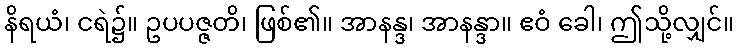
နိရယံ၊ ငရဲ၌။ ဥပပဇ္ဇတိ၊ ဖြစ်၏။ အာနန္ဒ၊ အာနန္ဒာ။ ဧဝံ ခေါ၊ ဤသို့လျှင်။